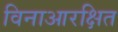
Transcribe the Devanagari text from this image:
विनाआरक्षित